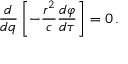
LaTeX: { \frac { d } { d q } } \left[ - { \frac { r ^ { 2 } } { c } } { \frac { d \varphi } { d \tau } } \right] = 0 \, .